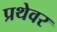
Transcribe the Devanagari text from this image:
प्रथेवर